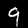
Digit: 9